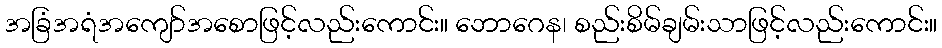
အခြံအရံအကျော်အစောဖြင့်လည်းကောင်း။ ဘောဂေန၊ စည်းစိမ်ချမ်းသာဖြင့်လည်းကောင်း။